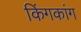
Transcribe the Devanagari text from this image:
किंगकांग